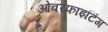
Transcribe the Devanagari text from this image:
ओवरफाइटिंग